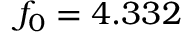
f _ { 0 } = 4 . 3 3 2